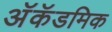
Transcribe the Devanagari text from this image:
अॅकॅडमिक